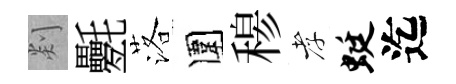
剡氎落圍𥠇孝蜓迄